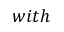
w i t h